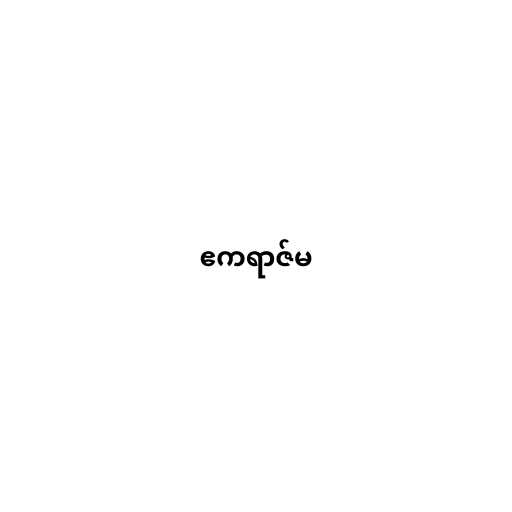
ဧကရာဇ်မ